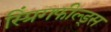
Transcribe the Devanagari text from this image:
स्प्रिंगफील्ड्स